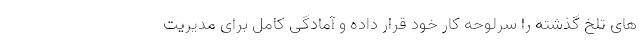
های تلخ گذشته را سرلوحه کار خود قرار داده و آمادگی کامل برای مدیریت